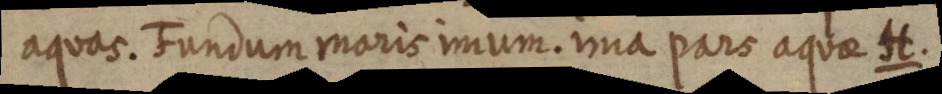
aquas. Tundum maris imum. ima pars aquae H.